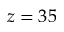
z = 3 5